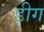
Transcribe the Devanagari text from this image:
ड़ीग